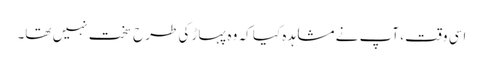
اسی وقت ، آپ نے مشاہدہ کیا کہ وہ پہاڑ کی طرح سخت نہیں تھا۔